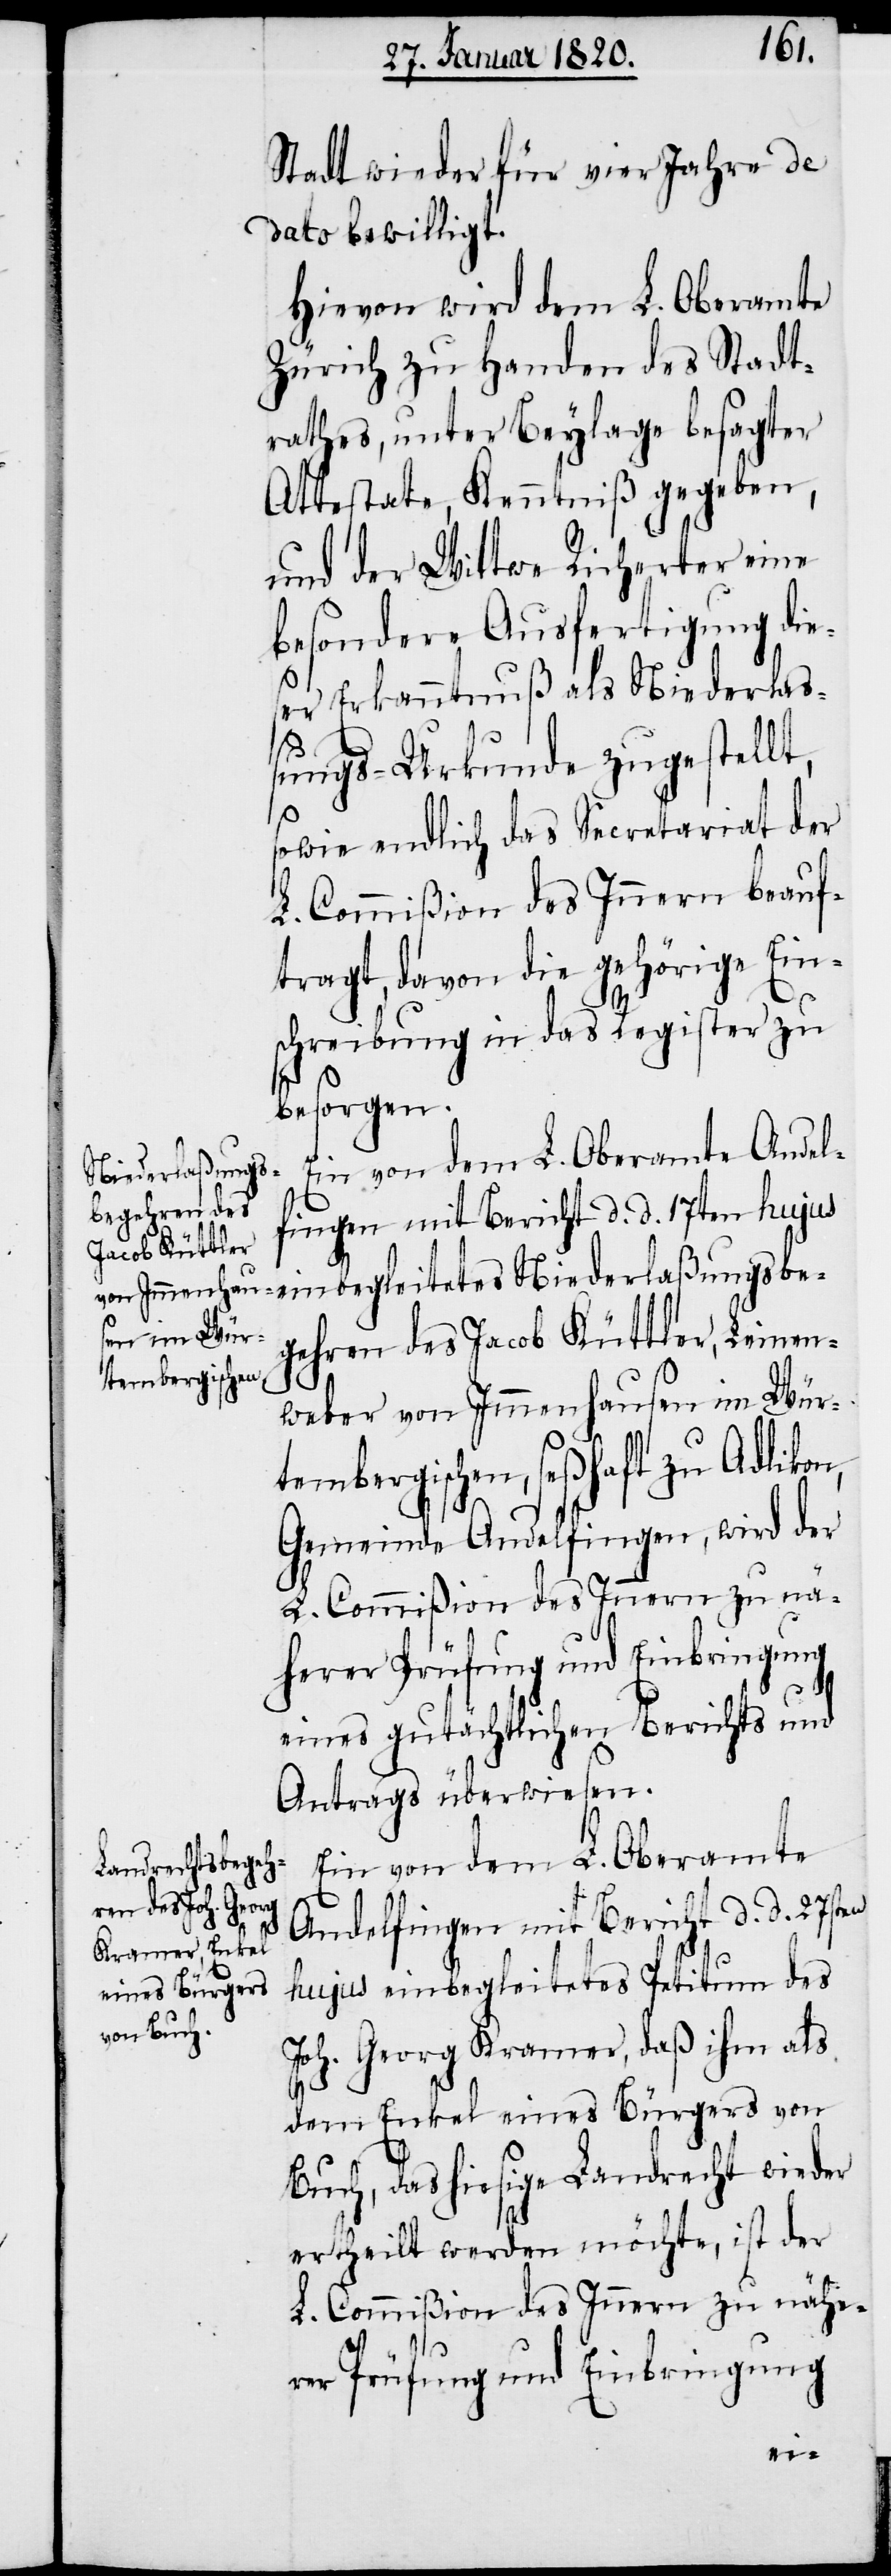
Stadt wieder für vier Jahre de
dato bewilligt.
Hievon wird dem L. Oberamte
Zürich zu Handen des Stadt¬
rathes, unter Beylage besagter
Attestate, Kenntniß gegeben,
und der Wittwe Richerter [sic!]
besondere Ausfertigung die¬
ser Erkanntnuß als Niederla¬
ßungs-Urkunde zugestell¬
sowie endlich das Secretariat der
L. Commißion des Innern beauf¬
tragt, davon die gehörige Ein¬
schreibung in das Register zu
besorgen.
Eine von dem L. Oberamte Andel¬
Niederlaßungsbe¬
fingen mit Bericht d. d. 17ten hujus
gehren des Jacob Küttler, Leinen¬
weber von Immenhausen im Wür¬
tembergischen, seßhaft zu Adlikon,
Gemeinde Andelfingen, wird der
L. Commißion des Innern zu nä¬
herer Prüfung und Einbringung
eines gutächtlichen Berichts und
Antrags überwiesen.
Ein von dem L. Oberamte
Andelfingen mit Bericht d d 27sten
hujus einbegleitetes Petitum des
Joh. Georg Kramer, daß ihm als
dem Enkel eines Bürgers von
Buch, das hiesige Landrecht wieder
ertheilt werden möchte, ist der
L. Commißion des Innern zu nähe¬
t,
rer Prüfung und Einbringung
eine